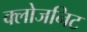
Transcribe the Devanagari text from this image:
क्लोजनिट